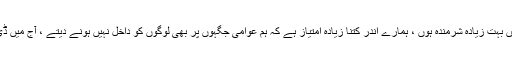
“ حسین ندیم کا کہناتھا کہ ”آج میں بہت زیادہ شرمندہ ہوں ، ہمارے اندر کتنا زیادہ امتیاز ہے کہ ہم عوامی جگہوں پر بھی لوگوں کو داخل نہیں ہونے دیتے ، آج میں ڈی ایچ اے کو بھوننے جار ہاہوں ۔